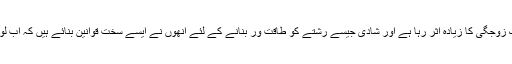
مغربی تہذیب میں ہی یک زوجگی کا زیادہ اثر رہا ہے اور شادی جیسے رشتے کو طاقت ور بنانے کے لئے انھوں نے ایسے سخت قوانین بنائے ہیں کہ اب لوگ شادی کرتے ہی نہیں۔